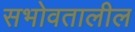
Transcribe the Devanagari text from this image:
सभोवतालील